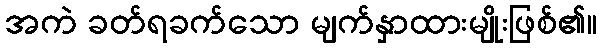
အကဲ ခတ်ရခက်သော မျက်နှာထားမျိုးဖြစ်၏။